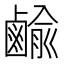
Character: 𪉰